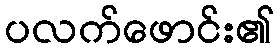
ပလက်ဖောင်း၏